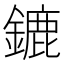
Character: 鏕